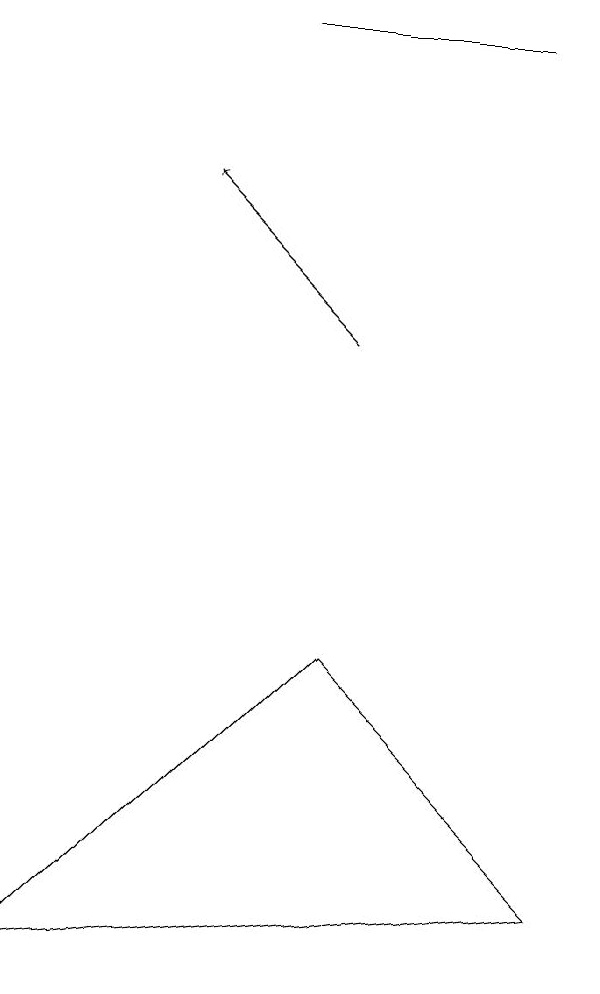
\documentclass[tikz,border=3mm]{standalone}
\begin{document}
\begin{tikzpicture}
\draw (7,4) -- (4,7) -- (0,3) -- cycle;
\draw (6,15) rectangle (3,15);
\draw[->] (4,11) -- (2,13);
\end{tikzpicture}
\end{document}